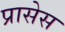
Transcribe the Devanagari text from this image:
प्रासेस